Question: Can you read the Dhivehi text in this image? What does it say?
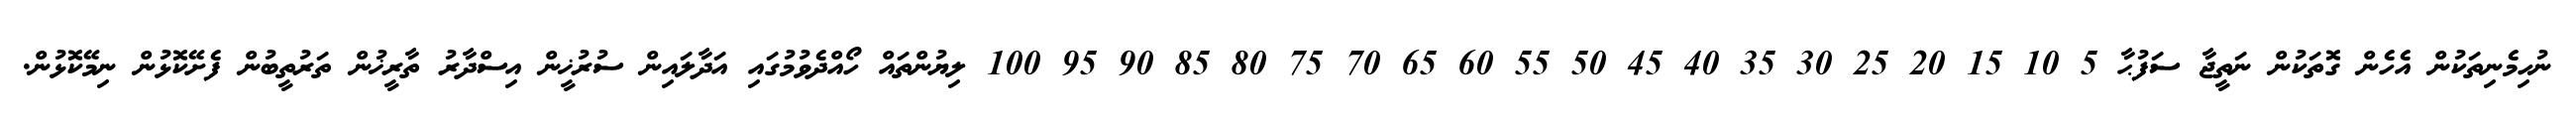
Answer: ނުހިމެނިތަކުން އެހެން ގޮތަކުން ނަތީޖާ ސަފުޙާ 5 10 15 20 25 30 35 40 45 50 55 60 65 70 75 80 85 90 95 100 ލިޔުންތައް ހޯއްދެވުމުގައި އަދާލައިން ސުރުޚީން އިސްދާރު ތާރީޚުން ތަރުތީބުން ފެށޭކޮޅުން ނިމޭކޮޅުން.